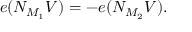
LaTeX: e ( N _ { M _ { 1 } } V ) = - e ( N _ { M _ { 2 } } V ) .